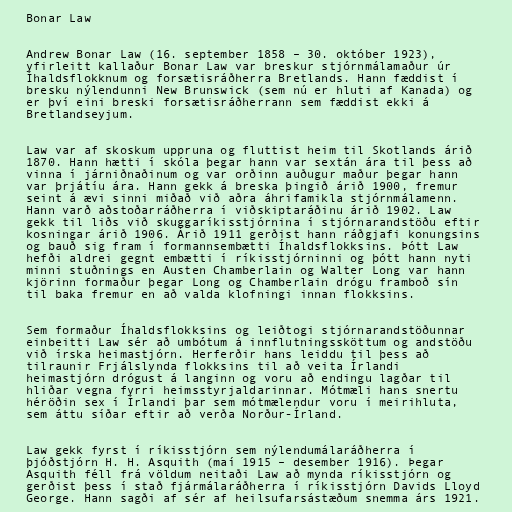
Bonar Law

Andrew Bonar Law (16. september 1858 – 30. október 1923),
yfirleitt kallaður Bonar Law var breskur stjórnmálamaður úr
Íhaldsflokknum og forsætisráðherra Bretlands. Hann fæddist í
bresku nýlendunni New Brunswick (sem nú er hluti af Kanada) og
er því eini breski forsætisráðherrann sem fæddist ekki á
Bretlandseyjum.

Law var af skoskum uppruna og fluttist heim til Skotlands árið
1870. Hann hætti í skóla þegar hann var sextán ára til þess að
vinna í járniðnaðinum og var orðinn auðugur maður þegar hann
var þrjátíu ára. Hann gekk á breska þingið árið 1900, fremur
seint á ævi sinni miðað við aðra áhrifamikla stjórnmálamenn.
Hann varð aðstoðarráðherra í viðskiptaráðinu árið 1902. Law
gekk til liðs við skuggaríkisstjórnina í stjórnarandstöðu eftir
kosningar árið 1906. Árið 1911 gerðist hann ráðgjafi konungsins
og bauð sig fram í formannsembætti Íhaldsflokksins. Þótt Law
hefði aldrei gegnt embætti í ríkisstjórninni og þótt hann nyti
minni stuðnings en Austen Chamberlain og Walter Long var hann
kjörinn formaður þegar Long og Chamberlain drógu framboð sín
til baka fremur en að valda klofningi innan flokksins.

Sem formaður Íhaldsflokksins og leiðtogi stjórnarandstöðunnar
einbeitti Law sér að umbótum á innflutningssköttum og andstöðu
við írska heimastjórn. Herferðir hans leiddu til þess að
tilraunir Frjálslynda flokksins til að veita Írlandi
heimastjórn drógust á langinn og voru að endingu lagðar til
hliðar vegna fyrri heimsstyrjaldarinnar. Mótmæli hans snertu
héröðin sex í Írlandi þar sem mótmælendur voru í meirihluta,
sem áttu síðar eftir að verða Norður-Írland.

Law gekk fyrst í ríkisstjórn sem nýlendumálaráðherra í
þjóðstjórn H. H. Asquith (maí 1915 – desember 1916). Þegar
Asquith féll frá völdum neitaði Law að mynda ríkisstjórn og
gerðist þess í stað fjármálaráðherra í ríkisstjórn Davids Lloyd
George. Hann sagði af sér af heilsufarsástæðum snemma árs 1921.